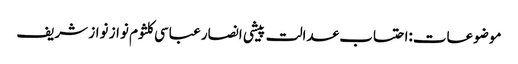
موضوعات:احتساب عدالت پیشی انصار عباسی کلثوم نواز نواز شریف